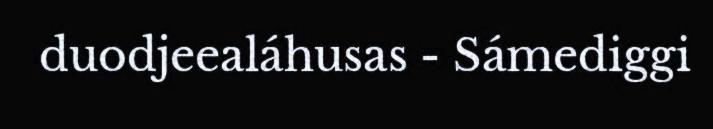
duodjeealáhusas - Sámediggi